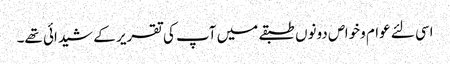
اسی لئے عوام وخواص دونوں طبقے میں آپ کی تقریر کے شیدائی تھے۔